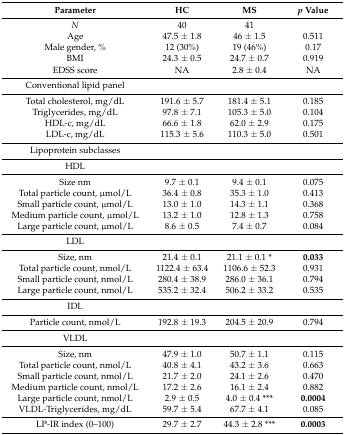
<table><thead><tr><td><b>Parameter</b></td><td><b>HC</b></td><td><b>MS</b></td><td><b><i>p</i> Value</b></td></tr></thead><tbody><tr><td><i>N</i></td><td>40</td><td>41</td><td></td></tr><tr><td>Age</td><td>47.5 ± 1.8</td><td>46 ± 1.5</td><td>0.511</td></tr><tr><td>Male gender, %</td><td>12 (30%)</td><td>19 (46%)</td><td>0.17</td></tr><tr><td>BMI</td><td>24.3 ± 0.5</td><td>24.7 ± 0.7</td><td>0.919</td></tr><tr><td>EDSS score</td><td>NA</td><td>2.8 ± 0.4</td><td>NA</td></tr><tr><td>Conventional lipid panel</td><td></td><td></td><td></td></tr><tr><td>Total cholesterol, mg/dL</td><td>191.6 ± 5.7</td><td>181.4 ± 5.1</td><td>0.185</td></tr><tr><td>Triglycerides, mg/dL</td><td>97.8 ± 7.1</td><td>105.3 ± 5.0</td><td>0.104</td></tr><tr><td>HDL-c, mg/dL</td><td>66.6 ± 1.8</td><td>62.0 ± 2.9</td><td>0.175</td></tr><tr><td>LDL-c, mg/dL</td><td>115.3 ± 5.6</td><td>110.3 ± 5.0</td><td>0.501</td></tr><tr><td>Lipoprotein subclasses</td><td></td><td></td><td></td></tr><tr><td>HDL</td><td></td><td></td><td></td></tr><tr><td>Size nm</td><td>9.7 ± 0.1</td><td>9.4 ± 0.1</td><td>0.075</td></tr><tr><td>Total particle count, μmol/L</td><td>36.4 ± 0.8</td><td>35.3 ± 1.0</td><td>0.413</td></tr><tr><td>Small particle count, μmol/L</td><td>13.0 ± 1.0</td><td>14.3 ± 1.1</td><td>0.368</td></tr><tr><td>Medium particle count, μmol/L</td><td>13.2 ± 1.0</td><td>12.8 ± 1.3</td><td>0.758</td></tr><tr><td>Large particle count, μmol/L</td><td>8.6 ± 0.5</td><td>7.4 ± 0.7</td><td>0.084</td></tr><tr><td>LDL</td><td></td><td></td><td></td></tr><tr><td>Size, nm</td><td>21.4 ± 0.1</td><td>21.1 ± 0.1 *</td><td><b>0.033</b></td></tr><tr><td>Total particle count, nmol/L</td><td>1122.4 ± 63.4</td><td>1106.6 ± 52.3</td><td>0.931</td></tr><tr><td>Small particle count, nmol/L</td><td>280.4 ± 38.9</td><td>286.0 ± 36.1</td><td>0.794</td></tr><tr><td>Large particle count, nmol/L</td><td>535.2 ± 32.4</td><td>506.2 ± 33.2</td><td>0.535</td></tr><tr><td>IDL</td><td></td><td></td><td></td></tr><tr><td>Particle count, nmol/L</td><td>192.8 ± 19.3</td><td>204.5 ± 20.9</td><td>0.794</td></tr><tr><td>VLDL</td><td></td><td></td><td></td></tr><tr><td>Size, nm</td><td>47.9 ± 1.0</td><td>50.7 ± 1.1 </td><td>0.115</td></tr><tr><td>Total particle count, nmol/L</td><td>40.8 ± 4.1</td><td>43.2 ± 3.6</td><td>0.663</td></tr><tr><td>Small particle count, nmol/L</td><td>21.7 ± 2.0</td><td>24.1 ± 2.6</td><td>0.470</td></tr><tr><td>Medium particle count, nmol/L</td><td>17.2 ± 2.6</td><td>16.1 ± 2.4</td><td>0.882</td></tr><tr><td>Large particle count, nmol/L</td><td>2.9 ± 0.5</td><td>4.0 ± 0.4 ***</td><td><b>0.0004</b></td></tr><tr><td>VLDL-Triglycerides, mg/dL</td><td>59.7 ± 5.4</td><td>67.7 ± 4.1 </td><td>0.085</td></tr><tr><td>LP-IR index (0–100)</td><td>29.7 ± 2.7</td><td>44.3 ± 2.8 ***</td><td><b>0.0003</b></td></tr></tbody></table>